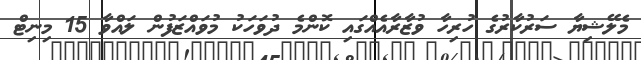
މެލޭޝިޔާ ސަރުކާރުގެ ހުރިހާ ވުޒާރާއެއްގައި ކޮންމެ ދުވަހަކު މުވައްޒަފުން ލައްވާ 15 މިނިޓް